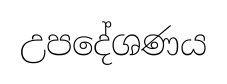
උපදේශණය